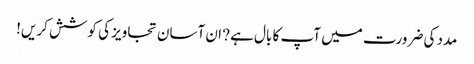
مدد کی ضرورت میں آپ کا بال ہے? ان آسان تجاویز کی کوشش کریں!